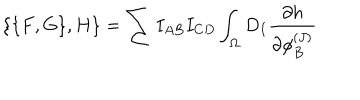
\{ \{ F , G \} , H \} = \sum I _ { A B } I _ { C D } \int _ { \Omega } D _ { I } { \frac { \partial h } { \partial \phi _ { B } ^ { ( J ) } } }